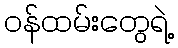
ဝန်ထမ်းတွေရဲ့